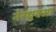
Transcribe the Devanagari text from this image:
नेरथुवआ